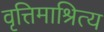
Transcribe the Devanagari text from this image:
वृत्तिमाश्रित्य